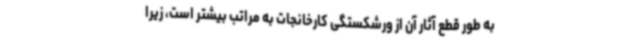
به طور قطع آثار آن از ورشکستگی کارخانجات به مراتب بیشتر است، زیرا